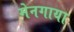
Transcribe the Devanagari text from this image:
मेनगाया